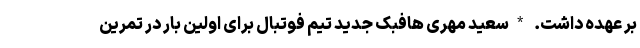
بر عهده داشت. *سعید مهری هافبک جدید تیم فوتبال برای اولین بار در تمرین